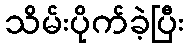
သိမ်းပိုက်ခဲ့ပြီး